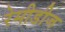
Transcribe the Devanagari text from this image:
रेमीडीज